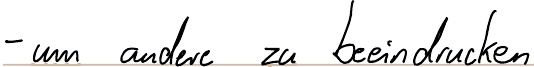
- um andere zu beeindrucken